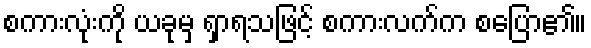
စကားလုံးကို ယခုမှ ရှာရသဖြင့် စကားလက်က စပြော၏။